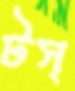
টস্‌